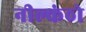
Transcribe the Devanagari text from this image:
नील्कंठो